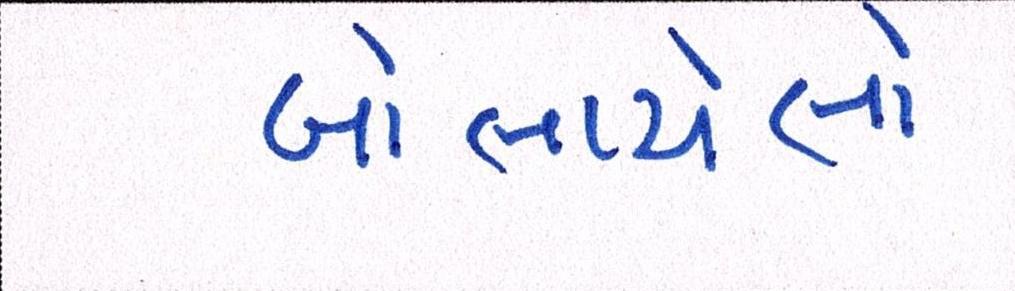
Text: બોલાયેલો